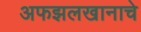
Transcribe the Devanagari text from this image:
अफझलखानाचे